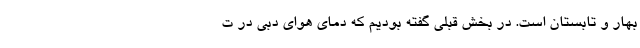
بهار و تابستان است. در بخش‌ قبلی گفته بودیم که دمای هوای دبی در ت